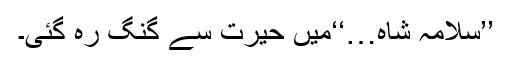
’’سلامہ شاہ…‘‘میں حیرت سے گنگ رہ گئی۔